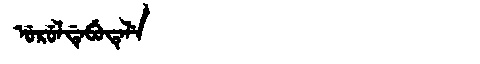
Manchu: ᡠᡵᡠᠯᡩᡝᠪᡠᡨᡝᠯᡝ
Romanization: URULDEBUTELE